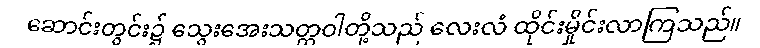
ဆောင်းတွင်း၌ သွေးအေးသတ္တဝါတို့သည် လေးလံ ထိုင်းမှိုင်းလာကြသည်။